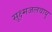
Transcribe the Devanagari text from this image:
सूक्ष्मजलवायु